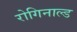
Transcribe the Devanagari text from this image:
रोगिनाल्ड